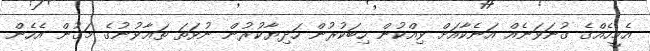
އެމީހެއްގެ ގުނަވަނެއް އަނެކާއަށް ވިއްކުން ހިބަކުރުން ހަދިޔާކުރުން ނުވަތަ ތަޢާވުނުގެ މަގުން އެހެން